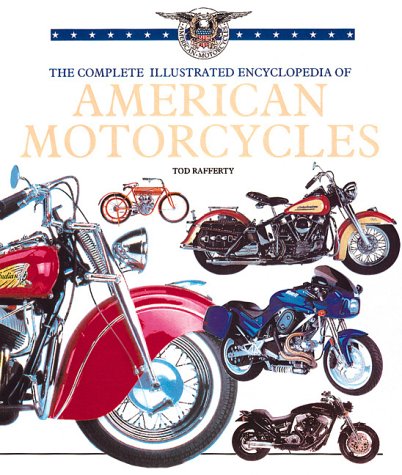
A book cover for The Complete Illustrated Encyclopedia of American Motorcycles; Tod Rafferty; Arts & Photography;